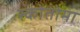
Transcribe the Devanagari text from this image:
स्कोतोमा